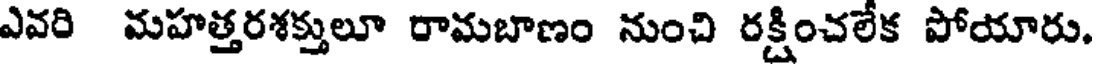
ఎవరి మహత్తరశక్తులూ రామబాణం నుంచి రక్షించలేక పోయారు.